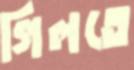
গিলতে